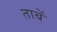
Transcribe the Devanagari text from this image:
ताबें